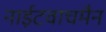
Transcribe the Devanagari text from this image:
नाईटवाचमैन